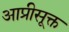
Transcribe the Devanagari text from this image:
आप्रीसूक्त